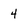
Character: 4